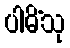
ပါမိံသု